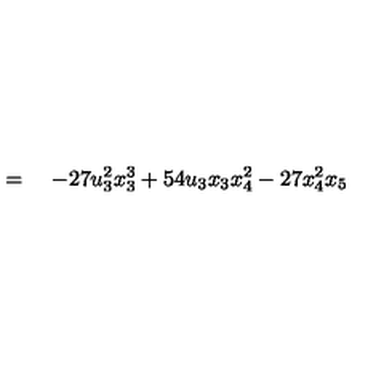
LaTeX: \qquad \qquad = \quad - 2 7 u _ { 3 } ^ { 2 } x _ { 3 } ^ { 3 } + 5 4 u _ { 3 } x _ { 3 } x _ { 4 } ^ { 2 } - 2 7 x _ { 4 } ^ { 2 } x _ { 5 }